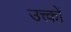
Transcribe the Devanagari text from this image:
उत्त्कों